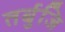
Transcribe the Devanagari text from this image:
तर्बुजि